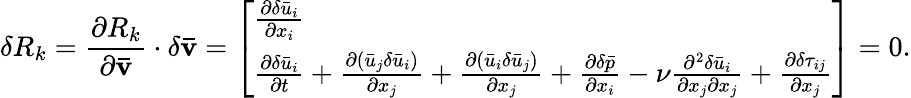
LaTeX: \delta R_{k}=\frac{{\partial{R_{k}}}}{{\partial{\mathbf{\bar{v}}}}}\cdot\delta{\mathbf{\bar{v}}}=\left[\begin{array}{l}{\frac{{\partial\delta{{\bar{u}}_{i}}}}{{\partial{x_{i}}}}}\\ {\frac{{\partial\delta{{\bar{u}}_{i}}}}{{\partial t}}+\frac{{\partial\left({{{\bar{u}}_{j}}\delta{{\bar{u}}_{i}}}\right)}}{{\partial{x_{j}}}}+\frac{{\partial\left({{{\bar{u}}_{i}}\delta{{\bar{u}}_{j}}}\right)}}{{\partial{x_{j}}}}+\frac{{\partial\delta\bar{p}}}{{\partial{x_{i}}}}-\nu\frac{{{\partial^{2}}\delta{{\bar{u}}_{i}}}}{{\partial{x_{j}}\partial{x_{j}}}}+\frac{\partial\delta{\tau_{ij}}}{{\partial{x_{j}}}}}\end{array}\right]=0.